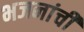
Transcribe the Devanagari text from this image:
भजनांची